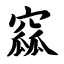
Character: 窳